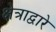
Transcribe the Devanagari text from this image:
क्षेत्राद्वारे